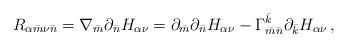
LaTeX: \begin{align*}R_{\alpha{\bar m}\nu{\bar n}} = \nabla_{\bar m}\partial_{\bar n}H_{\alpha\nu}=\partial_{\bar m}\partial_{\bar n}H_{\alpha\nu}-\Gamma^{\bar{k}}_{\bar{m}\bar{n}}\partial_{\bar k}H_{\alpha\nu}\, ,\end{align*}